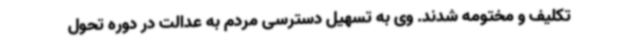
تکلیف و مختومه شدند. وی به تسهیل دسترسی مردم به عدالت در دوره تحول